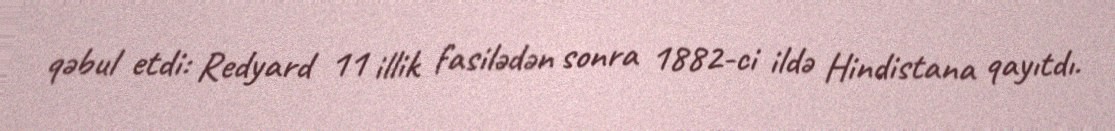
qəbul etdi: Redyard 11 illik fasilədən sonra 1882-ci ildə Hindistana qayıtdı.